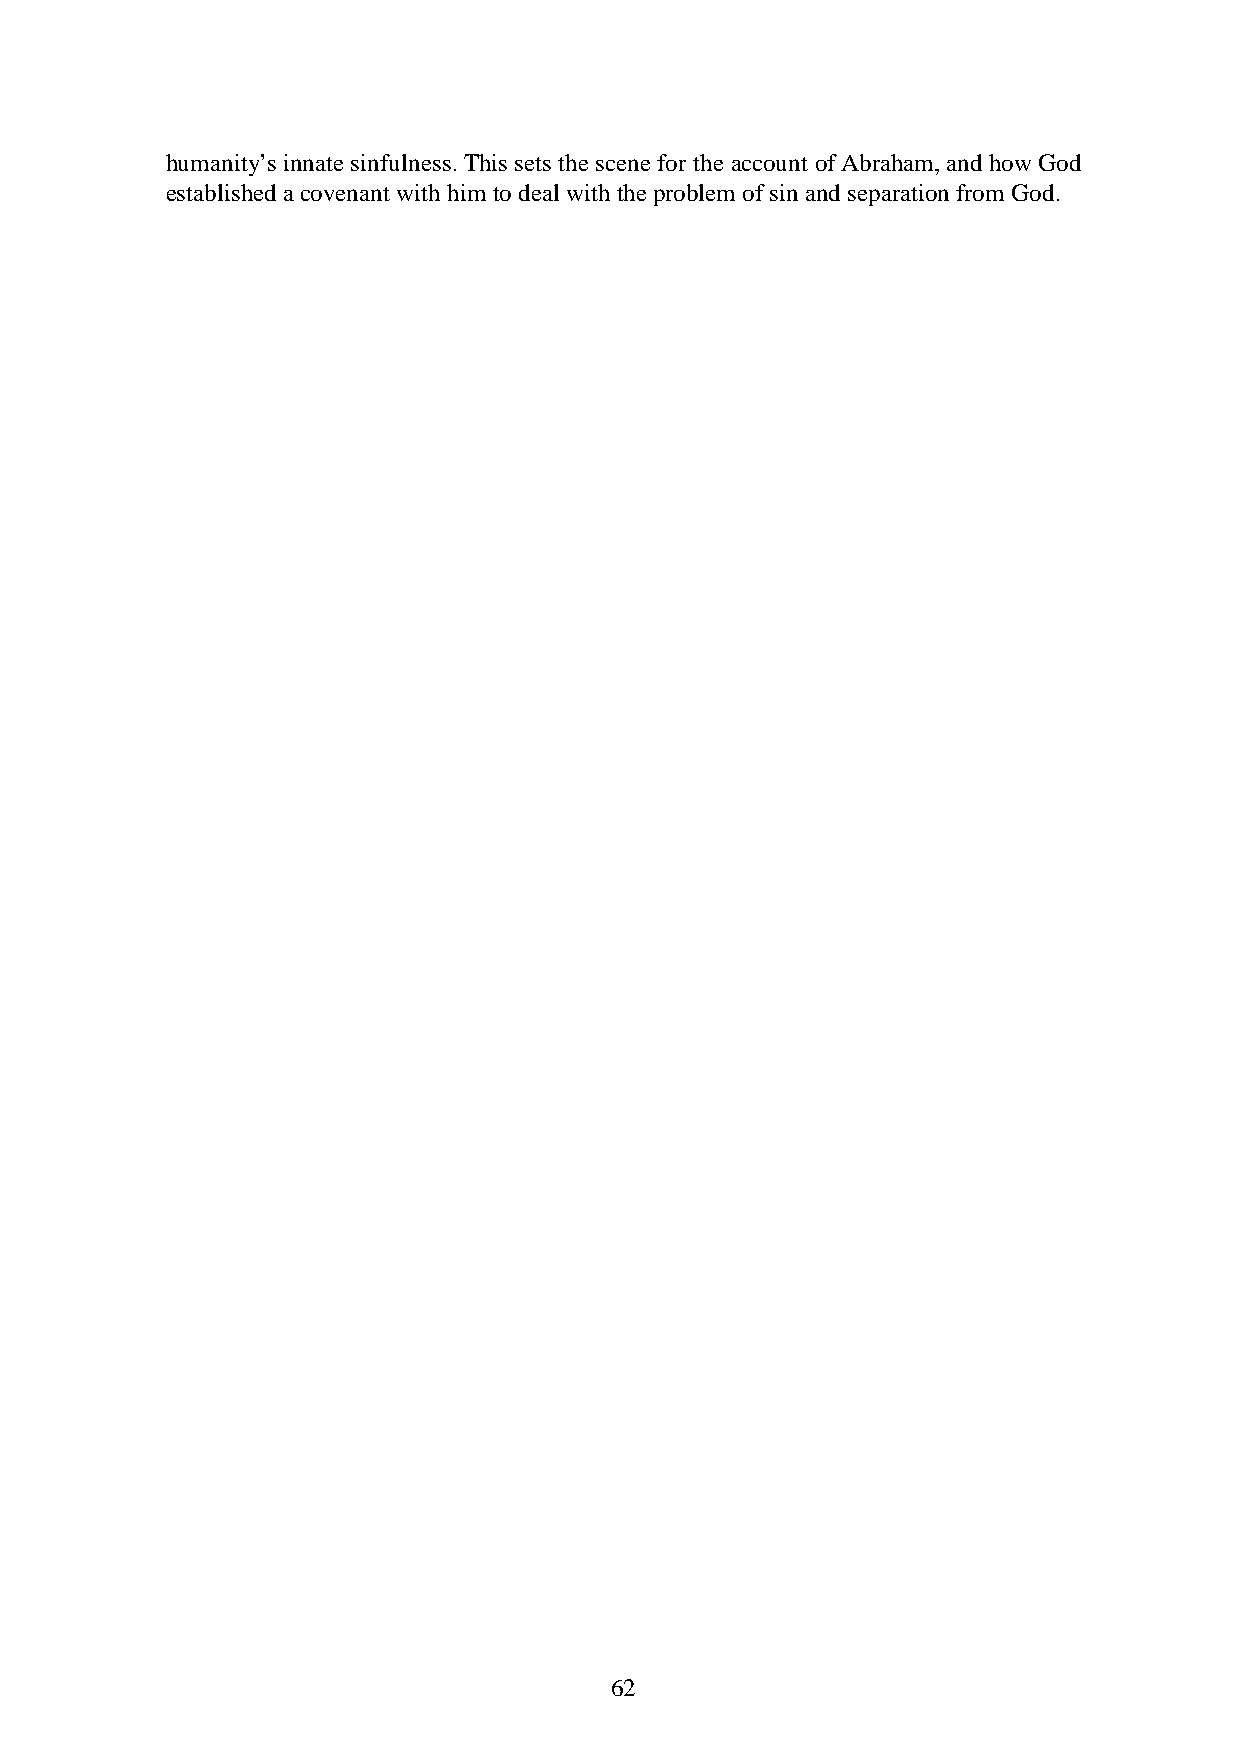
humanity’s innate sinfulness. This sets the scene for the account of Abraham, and how God
 established a covenant with him to deal with the problem of sin and separation from God.
 62